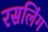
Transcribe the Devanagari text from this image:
रसलिंग